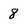
Character: 8